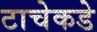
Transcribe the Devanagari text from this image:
टाचेकडे